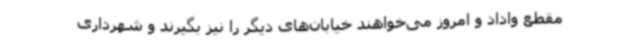
مقطع واداد و امروز می‌خواهند خیابان‌های دیگر را نیز بگیرند و شهرداری